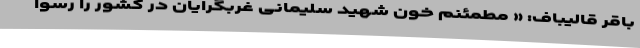
باقر قالیباف: « مطمئنم خون شهید سلیمانی غربگرایان در کشور را رسوا